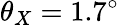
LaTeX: \theta_{X}=1.7^{\circ}